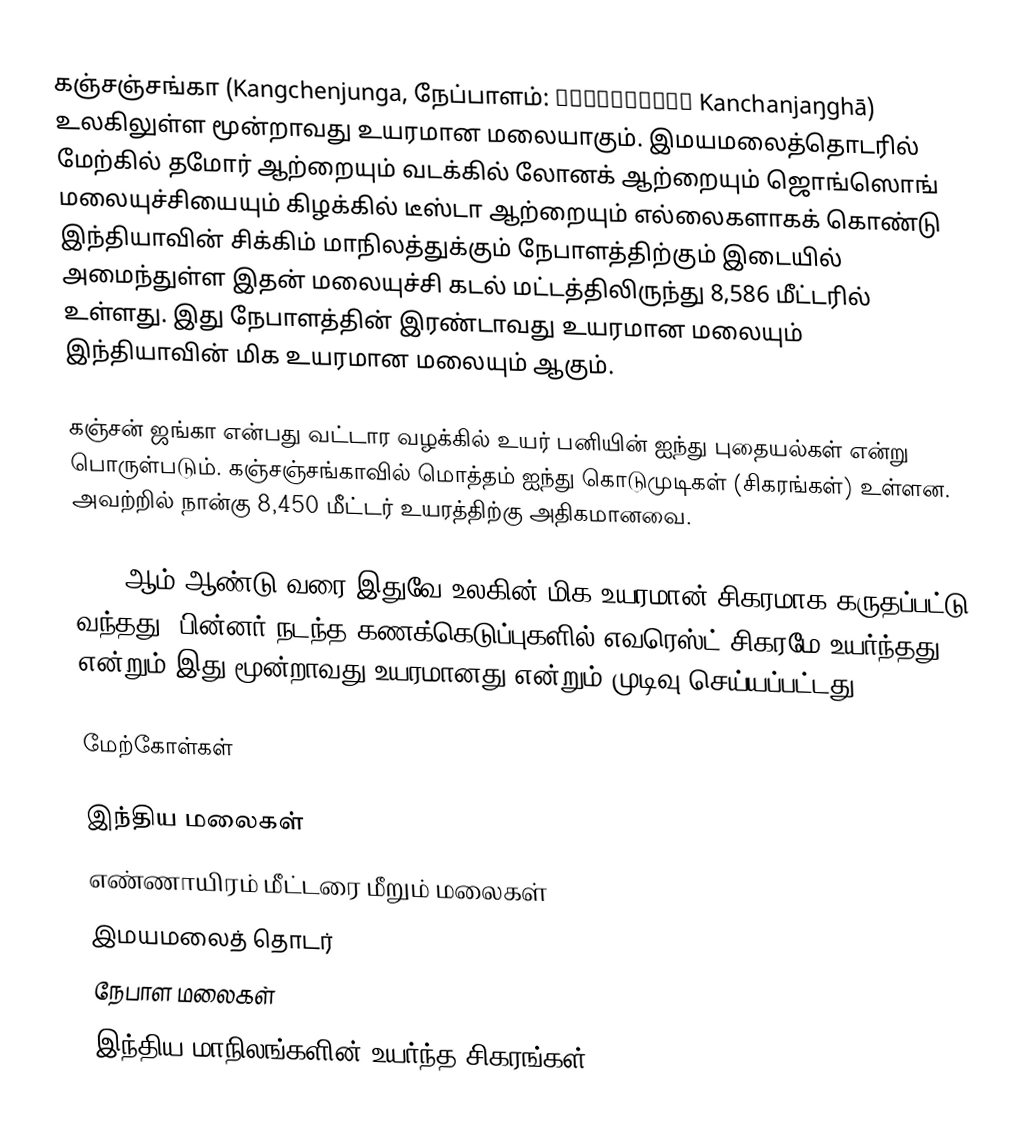
கஞ்சஞ்சங்கா (Kangchenjunga, நேப்பாளம்: कञ्चनजङ्घा Kanchanjaŋghā) உலகிலுள்ள மூன்றாவது உயரமான மலையாகும். இமயமலைத்தொடரில் மேற்கில் தமோர் ஆற்றையும் வடக்கில் லோனக் ஆற்றையும் ஜொங்ஸொங் மலையுச்சியையும் கிழக்கில் டீஸ்டா ஆற்றையும் எல்லைகளாகக் கொண்டு இந்தியாவின் சிக்கிம் மாநிலத்துக்கும் நேபாளத்திற்கும் இடையில் அமைந்துள்ள இதன் மலையுச்சி கடல் மட்டத்திலிருந்து 8,586 மீட்டரில் உள்ளது. இது நேபாளத்தின் இரண்டாவது உயரமான மலையும் இந்தியாவின் மிக உயரமான மலையும் ஆகும்.

கஞ்சன் ஜங்கா என்பது வட்டார வழக்கில் உயர் பனியின் ஐந்து புதையல்கள் என்று பொருள்படும். கஞ்சஞ்சங்காவில் மொத்தம் ஐந்து கொடுமுடிகள் (சிகரங்கள்) உள்ளன. அவற்றில் நான்கு 8,450 மீட்டர் உயரத்திற்கு அதிகமானவை.

1852-ஆம் ஆண்டு வரை இதுவே உலகின் மிக உயரமான் சிகரமாக கருதப்பட்டு வந்தது. பின்னர் நடந்த கணக்கெடுப்புகளில் எவரெஸ்ட் சிகரமே உயர்ந்தது என்றும் இது மூன்றாவது உயரமானது என்றும் முடிவு செய்யப்பட்டது.

மேற்கோள்கள்

இந்திய மலைகள்
எண்ணாயிரம் மீட்டரை மீறும் மலைகள்
இமயமலைத் தொடர்
நேபாள மலைகள்
இந்திய மாநிலங்களின் உயர்ந்த சிகரங்கள்